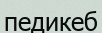
педикеб